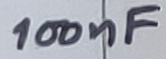
Text: 100nF